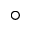
^ \circ